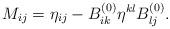
LaTeX: \begin{align*}M_{ij}=\eta _{ij}-B_{ik}^{(0)}\eta ^{kl}B_{lj}^{(0)}.\end{align*}